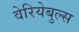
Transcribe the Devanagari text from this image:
वेरियेबुल्स